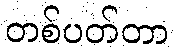
တစ်ပတ်တာ